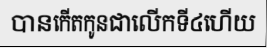
បានកើតកូនជាលើកទី៤ហើយ